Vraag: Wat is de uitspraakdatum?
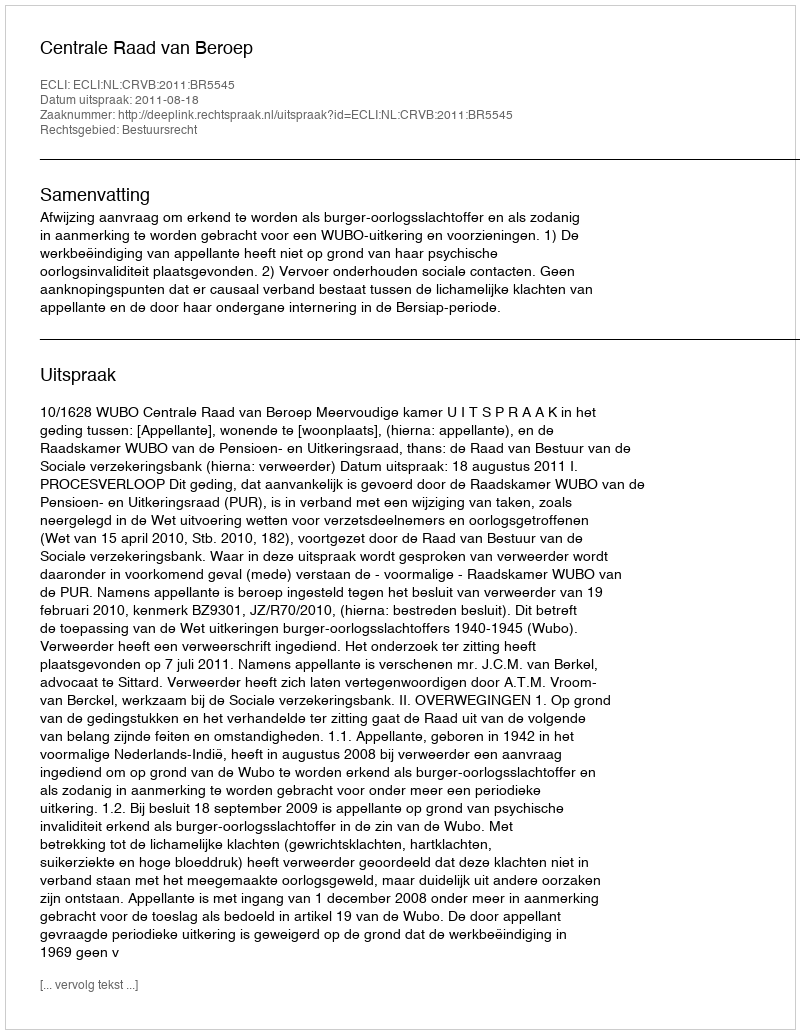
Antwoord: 2011-08-18